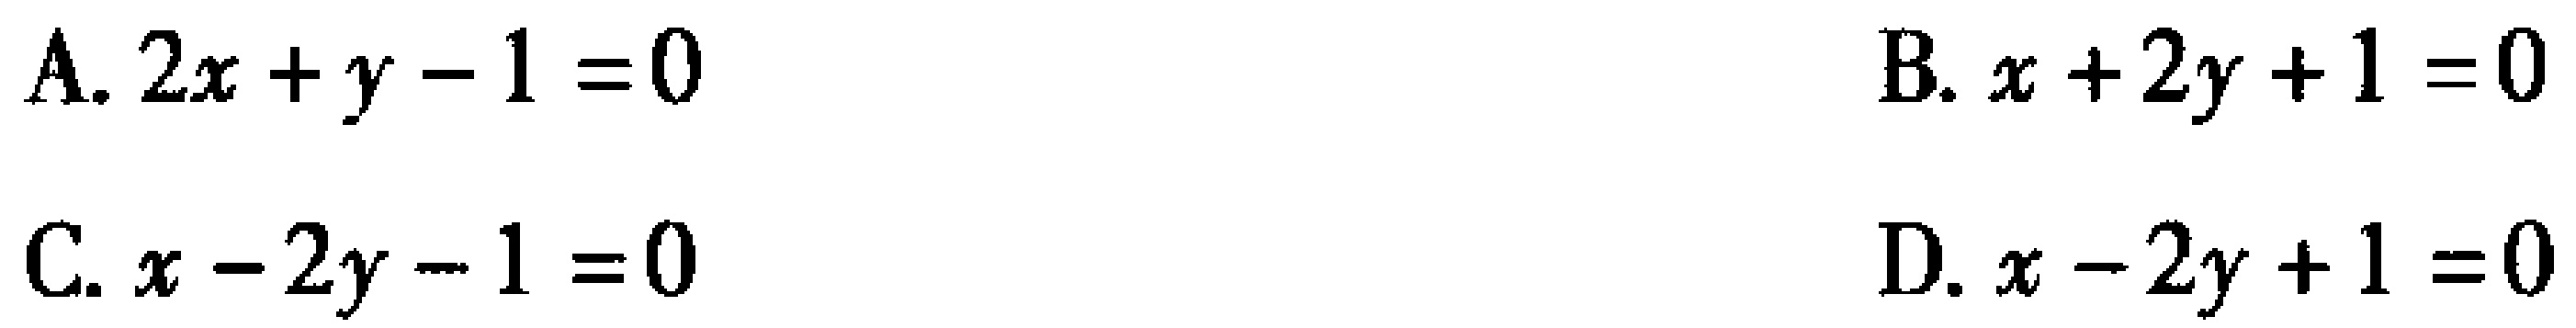
A. \(2x + y - 1 = 0\)
B. \(x + 2y + 1 = 0\)
C. \(x - 2y - 1 = 0\)
D. \(x - 2y + 1 = 0\)